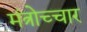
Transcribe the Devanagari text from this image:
मंत्रोच्‍चार